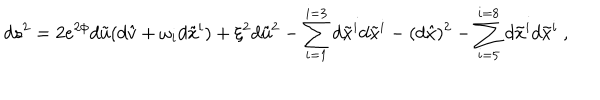
d s ^ { 2 } = 2 e ^ { 2 \phi } d \tilde { u } ( d \hat { v } + \omega _ { i } d \tilde { x } ^ { i } ) + \xi ^ { 2 } d \tilde { u } ^ { 2 } - \sum _ { i = 1 } ^ { i = 3 } d \tilde { x } ^ { i } d \tilde { x } ^ { i } - ( d \hat { x } ) ^ { 2 } - \sum _ { i = 5 } ^ { i = 8 } d \tilde { x } ^ { i } d \tilde { x } ^ { i } \ ,